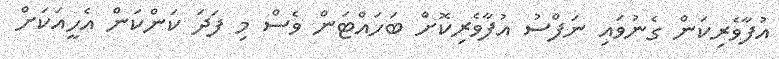
އުފާވެރިކަން ގެނުވައި ނަފްސު އުފާވެރިކޮށް ބަހައްޓަން ވެސް މި ފަދަ ކަންކަން އެހީއަކަށް